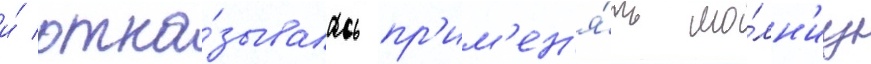
и́ отка́зывалась пр'им'ен'я́ть мо́лн'иу